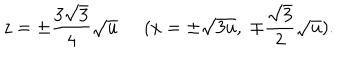
z = \pm \frac { 3 \sqrt { 3 } } { 4 } \sqrt { u } \; \; ( x = \pm \sqrt { 3 u } , \; \mp \frac { \sqrt { 3 } } { 2 } \sqrt { u } ) .